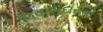
જવાબદારીનો